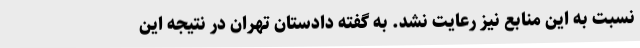
نسبت به این منابع نیز رعایت نشد. به گفته دادستان تهران در نتیجه این